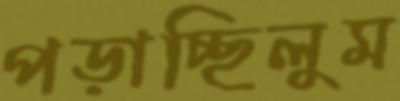
পড়াচ্ছিলুম